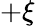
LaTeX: +\xi